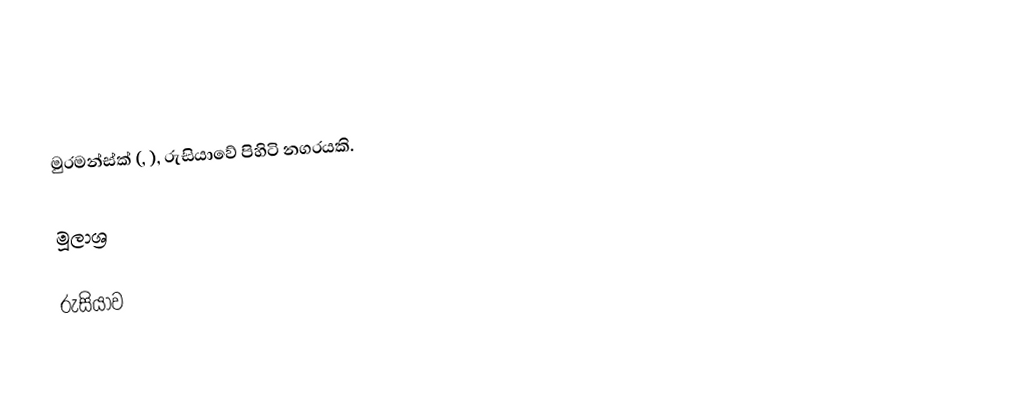
මුරමන්ස්ක් (, ), රුසියාවේ පිහිටි නගරයකි.

මූලාශ්‍ර

රුසියාව